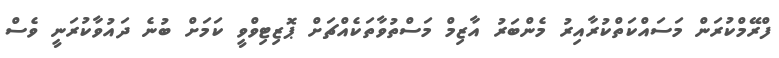
ފްރޭމްކުރަން މަސައްކަތްކުރާއިރު މެންބަރު އާޒިމް މަސްތުވާތަކެއްޗަށް ޕޮޒިޓިވްވީ ކަމަށް ބުނެ ދައުވާކުރަނީ ވެސް